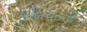
ધોલવડનો